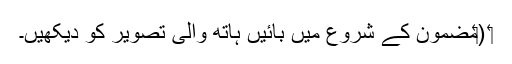
‏ (‏مضمون کے شروع میں بائیں ہاتھ والی تصویر کو دیکھیں۔